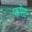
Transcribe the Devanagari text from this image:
फोसा